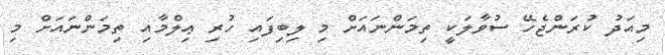
މިއަދު ކުރަންޖެހޭ ސުވާލަކީ ތިމަންނައަށް މި ލިބިފައި ހުރި ޢިލްމާއި ތިމަންނައަށް މި